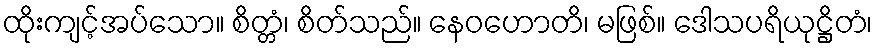
ထိုးကျင့်အပ်သော။ စိတ္တံ၊ စိတ်သည်။ နေဝဟောတိ၊ မဖြစ်။ ဒေါသပရိယုဋ္ဌိတံ၊